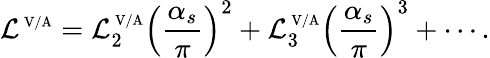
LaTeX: {\cal L}^{\mathrm{\scriptsize~V/A}}={\cal L}_{2}^{\mathrm{\scriptsize~V/A}}\left(\frac{\alpha_{s}}{\pi}\right)^{2}+{\cal L}_{3}^{\mathrm{\scriptsize~V/A}}\left(\frac{\alpha_{s}}{\pi}\right)^{3}+\cdots.